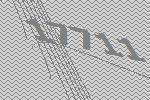
17711